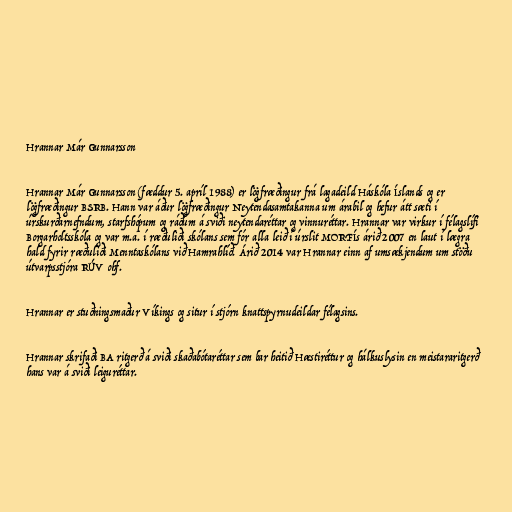
Hrannar Már Gunnarsson

Hrannar Már Gunnarsson (fæddur 5. apríl 1988) er lögfræðingur frá lagadeild Háskóla Íslands og er
lögfræðingur BSRB. Hann var áður lögfræðingur Neytendasamtakanna um árabil og hefur átt sæti í
úrskurðarnefndum, starfshópum og ráðum á sviði neytendaréttar og vinnuréttar. Hrannar var virkur í félagslífi
Borgarholtsskóla og var m.a. í ræðuliði skólans sem fór alla leið í úrslit MORFÍs árið 2007 en laut í lægra
hald fyrir ræðuliði Menntaskólans við Hamrahlíð. Árið 2014 var Hrannar einn af umsækjendum um stöðu
útvarpsstjóra RÚV ohf.

Hrannar er stuðningsmaður Víkings og situr í stjórn knattspyrnudeildar félagsins.

Hrannar skrifaði BA ritgerð á sviði skaðabótaréttar sem bar heitið Hæstiréttur og hálkuslysin en meistararitgerð
hans var á sviði leiguréttar.